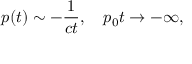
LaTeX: p ( t ) \sim - { \frac { 1 } { c t } } , \quad p _ { 0 } t \to - \infty ,